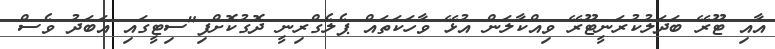
އާއި ޓޫރޭ ބަދަލުކުރަނީޓޫރޭ ވިއްކާލަން އުޅޭ ވާހަކަތައް ޕެލެގްރިނީ ދޮގުކޮށްފި"ސިޓީގައި އަބަދު ވެސް